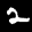
Label: 2